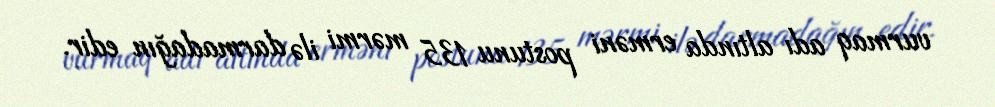
vurmaq adı altında erməni postunu 135 mərmi ilə darmadağın edir.